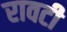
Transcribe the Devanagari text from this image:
रावटी